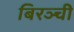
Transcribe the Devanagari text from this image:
बिरञ्ची